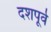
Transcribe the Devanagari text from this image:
दशपूर्व